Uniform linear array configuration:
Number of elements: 64
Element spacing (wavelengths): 0.25
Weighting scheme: kaiser
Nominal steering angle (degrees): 15
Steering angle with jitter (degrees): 15.675
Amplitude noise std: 0.05
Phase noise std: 0.05

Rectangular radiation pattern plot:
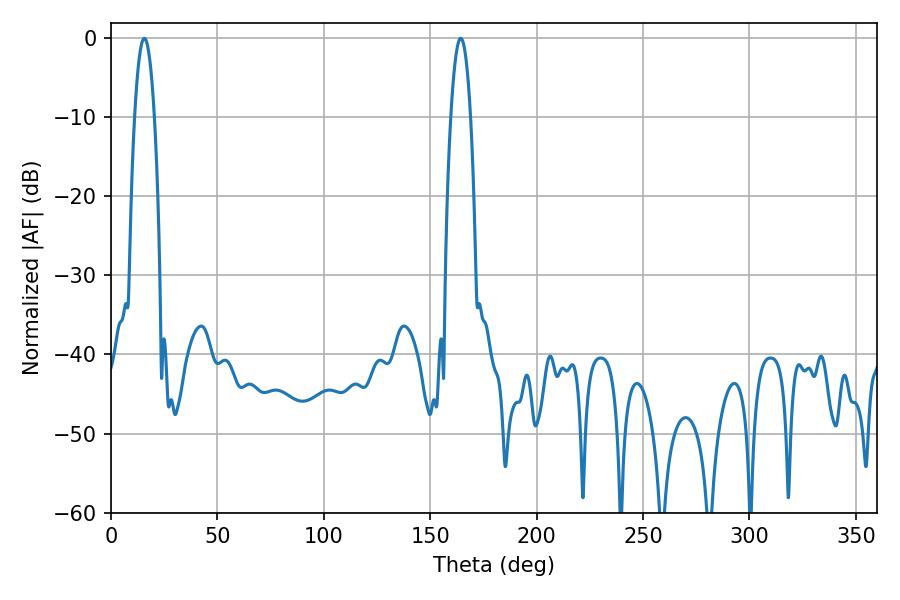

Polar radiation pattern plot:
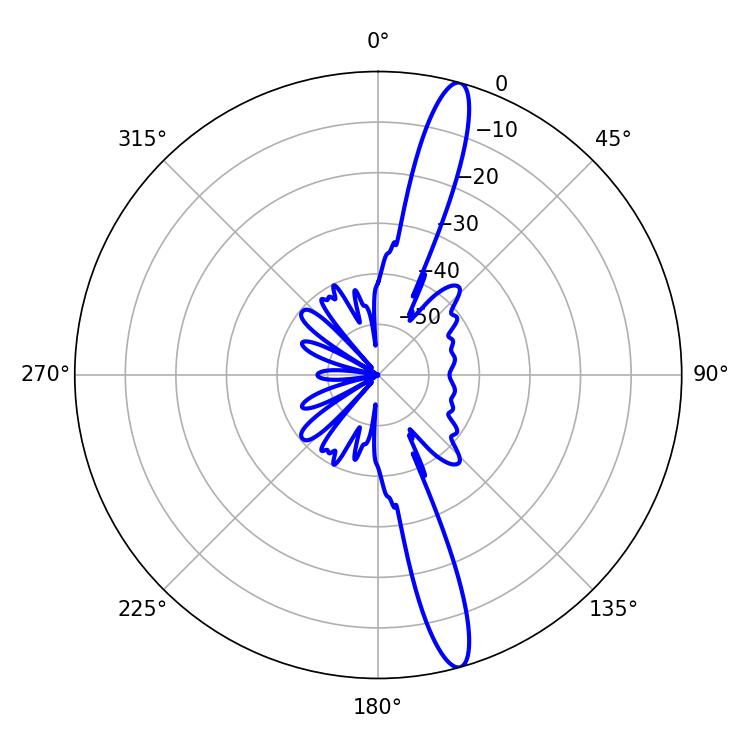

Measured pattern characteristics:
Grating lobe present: FALSE
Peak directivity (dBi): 15.826
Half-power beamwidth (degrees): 5.04
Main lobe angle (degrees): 15.66